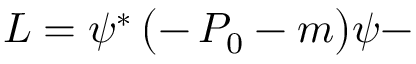
{ \cal L } = \psi ^ { * } \, \bigl ( - \, P _ { 0 } - m \bigr ) \psi -